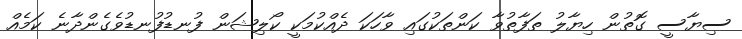
ސިޔާސީ ގޮތުން ހިޔާލު ތަފާތުވާ ކަންތަކުގައި ވާހަކަ ދެއްކުމަކީ ކޯލިޝަން ފުނޑުފުނޑުވެގެންދާނެ ކަމެއް